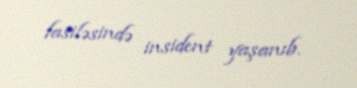
fasiləsində insident yaşanıb.